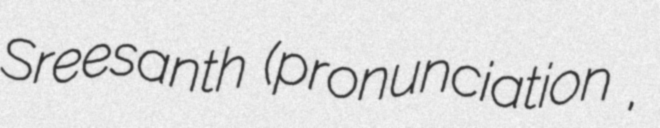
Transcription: Sreesanth (pronunciation ,